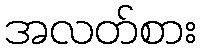
အလတ်စား